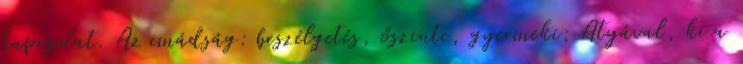
kapcsolat. Az imádság: beszélgetés, őszinte, gyermeki; Atyával, ki a